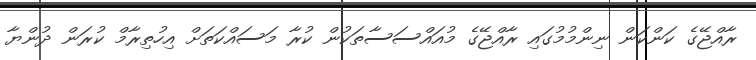
ރާއްޖޭގެ ކަންކަން ނިންމުމުގައި ރާއްޖޭގެ މުއައްސަސާތަކުން ކުރާ މަސައްކަތަށް އިހުތިރާމް ކުރަން ދުންޔާ